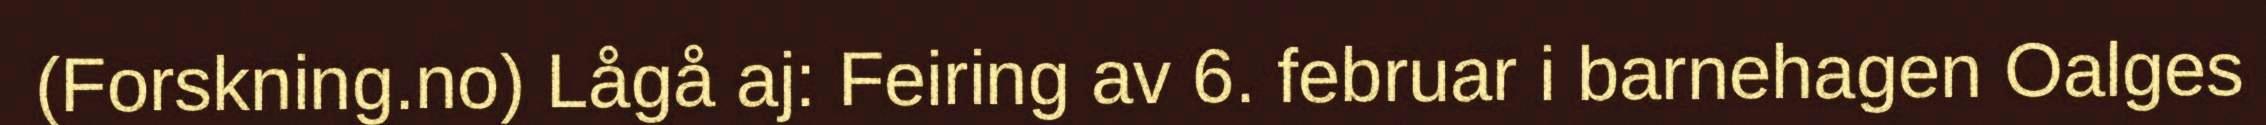
(Forskning.no) Lågå aj: Feiring av 6. februar i barnehagen Oalges